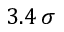
3 . 4 \, \sigma